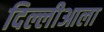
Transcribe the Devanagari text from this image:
दिल्लीआला